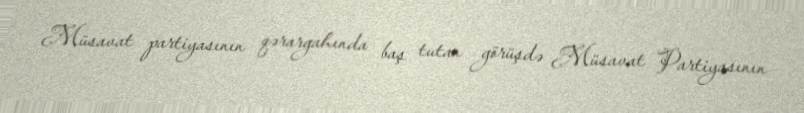
Müsavat partiyasının qərargahında baş tutan görüşdə Müsavat Partiyasının